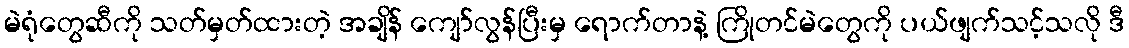
မဲရုံတွေဆီကို သတ်မှတ်ထားတဲ့ အချိန် ကျော်လွန်ပြီးမှ ရောက်တာနဲ့ ကြိုတင်မဲတွေကို ပယ်ဖျက်သင့်သလို ဒီ